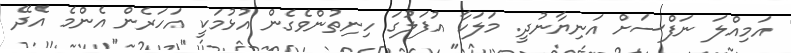
އަމިއްލަ ނަފްސަށް އަނިޔާނުދީ. މަލަކާ އުފަލުގަ ހިނިތުންވެގެން އުޅުމަކީ އަހަރެން އެންމެ އެދޭ